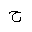
Letter: _ha